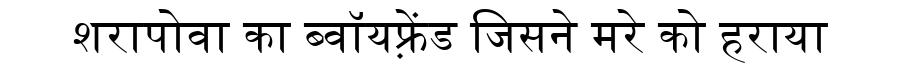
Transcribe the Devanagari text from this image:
शरापोवा का ब्वॉयफ़्रेंड जिसने मरे को हराया